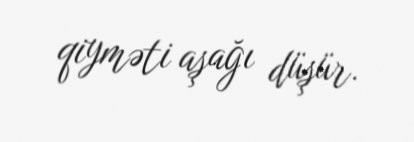
qiyməti aşağı düşür.